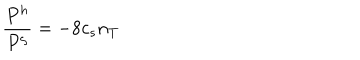
{ \frac { P ^ { h } } { P ^ { \zeta } } = - 8 } c _ { s } n _ { T }